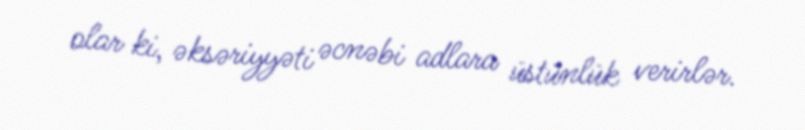
olar ki, əksəriyyəti əcnəbi adlara üstünlük verirlər.